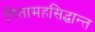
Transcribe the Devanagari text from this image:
पितामहसिद्धान्त